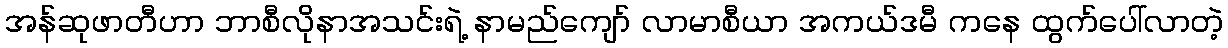
အန်ဆုဖာတီဟာ ဘာစီလိုနာအသင်းရဲ့ နာမည်ကျော် လာမာစီယာ အကယ်ဒမီ ကနေ ထွက်ပေါ်လာတဲ့